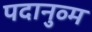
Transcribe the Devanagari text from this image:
पदानुव्म